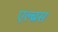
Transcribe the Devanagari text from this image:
एल्ब्रस